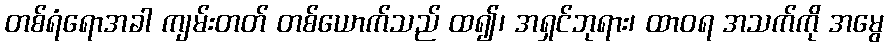
တစ်ရံရောအခါ ကျမ်းတတ် တစ်ယောက်သည် ထ၍၊ အရှင်ဘုရား၊ ထာဝရ အသက်ကို အမွေ